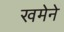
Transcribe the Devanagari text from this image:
खमेने